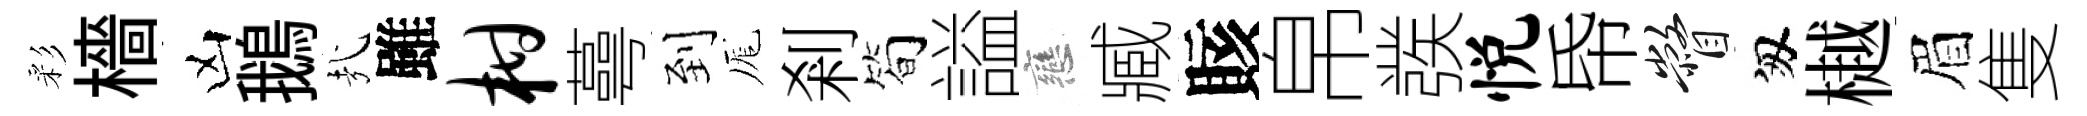
彩檣凶鵝㢤雖柑蕚到厖剎简謚戀臧賅帛彂悦帋瞥匆樾眉隻